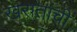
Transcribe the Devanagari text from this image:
खरातांची